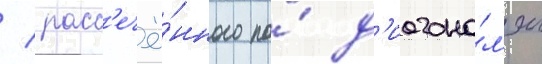
/ расс'ечё́нного по́ д'иагона́л'ям